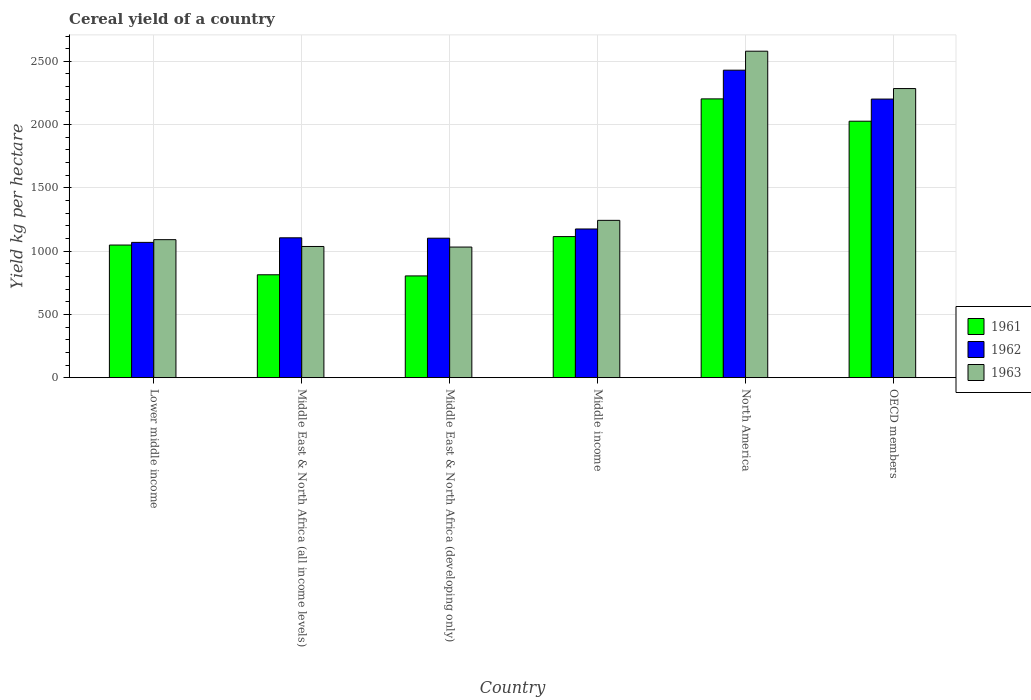
| Country | 1961 | 1962 | 1963 |
 | --- | --- | --- | --- |
 | Lower middle income | 1.05e+03 | 1.07e+03 | 1.09e+03 |
 | Middle East & North Africa (all income levels) | 813 | 1.11e+03 | 1.04e+03 |
 | Middle East & North Africa (developing only) | 804 | 1.1e+03 | 1.03e+03 |
 | Middle income | 1.11e+03 | 1.18e+03 | 1.24e+03 |
 | North America | 2.2e+03 | 2.43e+03 | 2.58e+03 |
 | OECD members | 2.03e+03 | 2.2e+03 | 2.28e+03 |